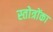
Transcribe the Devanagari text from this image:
स्तोत्रोंका